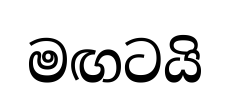
මඟටයි